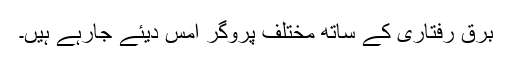
برق رفتاری کے ساتھ مختلف پروگر امس دیئے جارہے ہیں۔